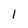
Character: 1